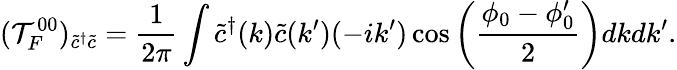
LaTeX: ({\cal T}_{F}^{00})_{\tilde{c}^{\dagger}\tilde{c}}={\frac{1}{2\pi}}\int\tilde{c}^{\dagger}(k)\tilde{c}(k^{\prime})(-ik^{\prime})\cos\left({\frac{\phi_{0}-\phi_{0}^{\prime}}{2}}\right)dkdk^{\prime}.